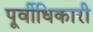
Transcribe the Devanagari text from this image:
पूर्वीधिकारी